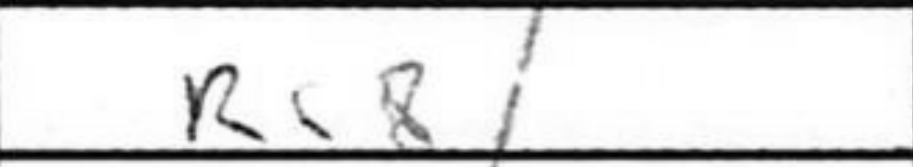
Transcription: Rc8